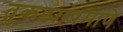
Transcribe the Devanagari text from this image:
तुकड्यांप्रमाणे